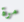
مرة